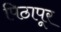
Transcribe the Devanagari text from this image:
पिठापूर